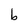
Character: b